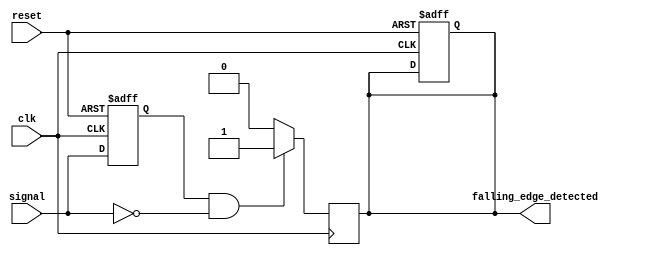
module FallingEdgeDetector (
    input wire clk,                   // System clock
    input wire reset,                 // Asynchronous reset
    input wire signal,                // Input signal to detect falling edge
    output reg falling_edge_detected   // Output pulse on falling edge detection
);

    // Internal signal to hold the previous state of the input signal
    reg previous_signal;

    always @(posedge clk or posedge reset) begin
        if (reset) begin
            previous_signal <= 1'b0;        // Initialize previous state
            falling_edge_detected <= 1'b0;  // Reset output
        end else begin
            previous_signal <= signal;       // Sample the input signal
        end
    end

    always @(posedge clk) begin
        // Edge detection logic
        if (previous_signal == 1'b1 && signal == 1'b0) begin
            falling_edge_detected <= 1'b1; // Falling edge detected
        end else begin
            falling_edge_detected <= 1'b0; // Reset output to low
        end
    end

endmodule